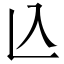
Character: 兦